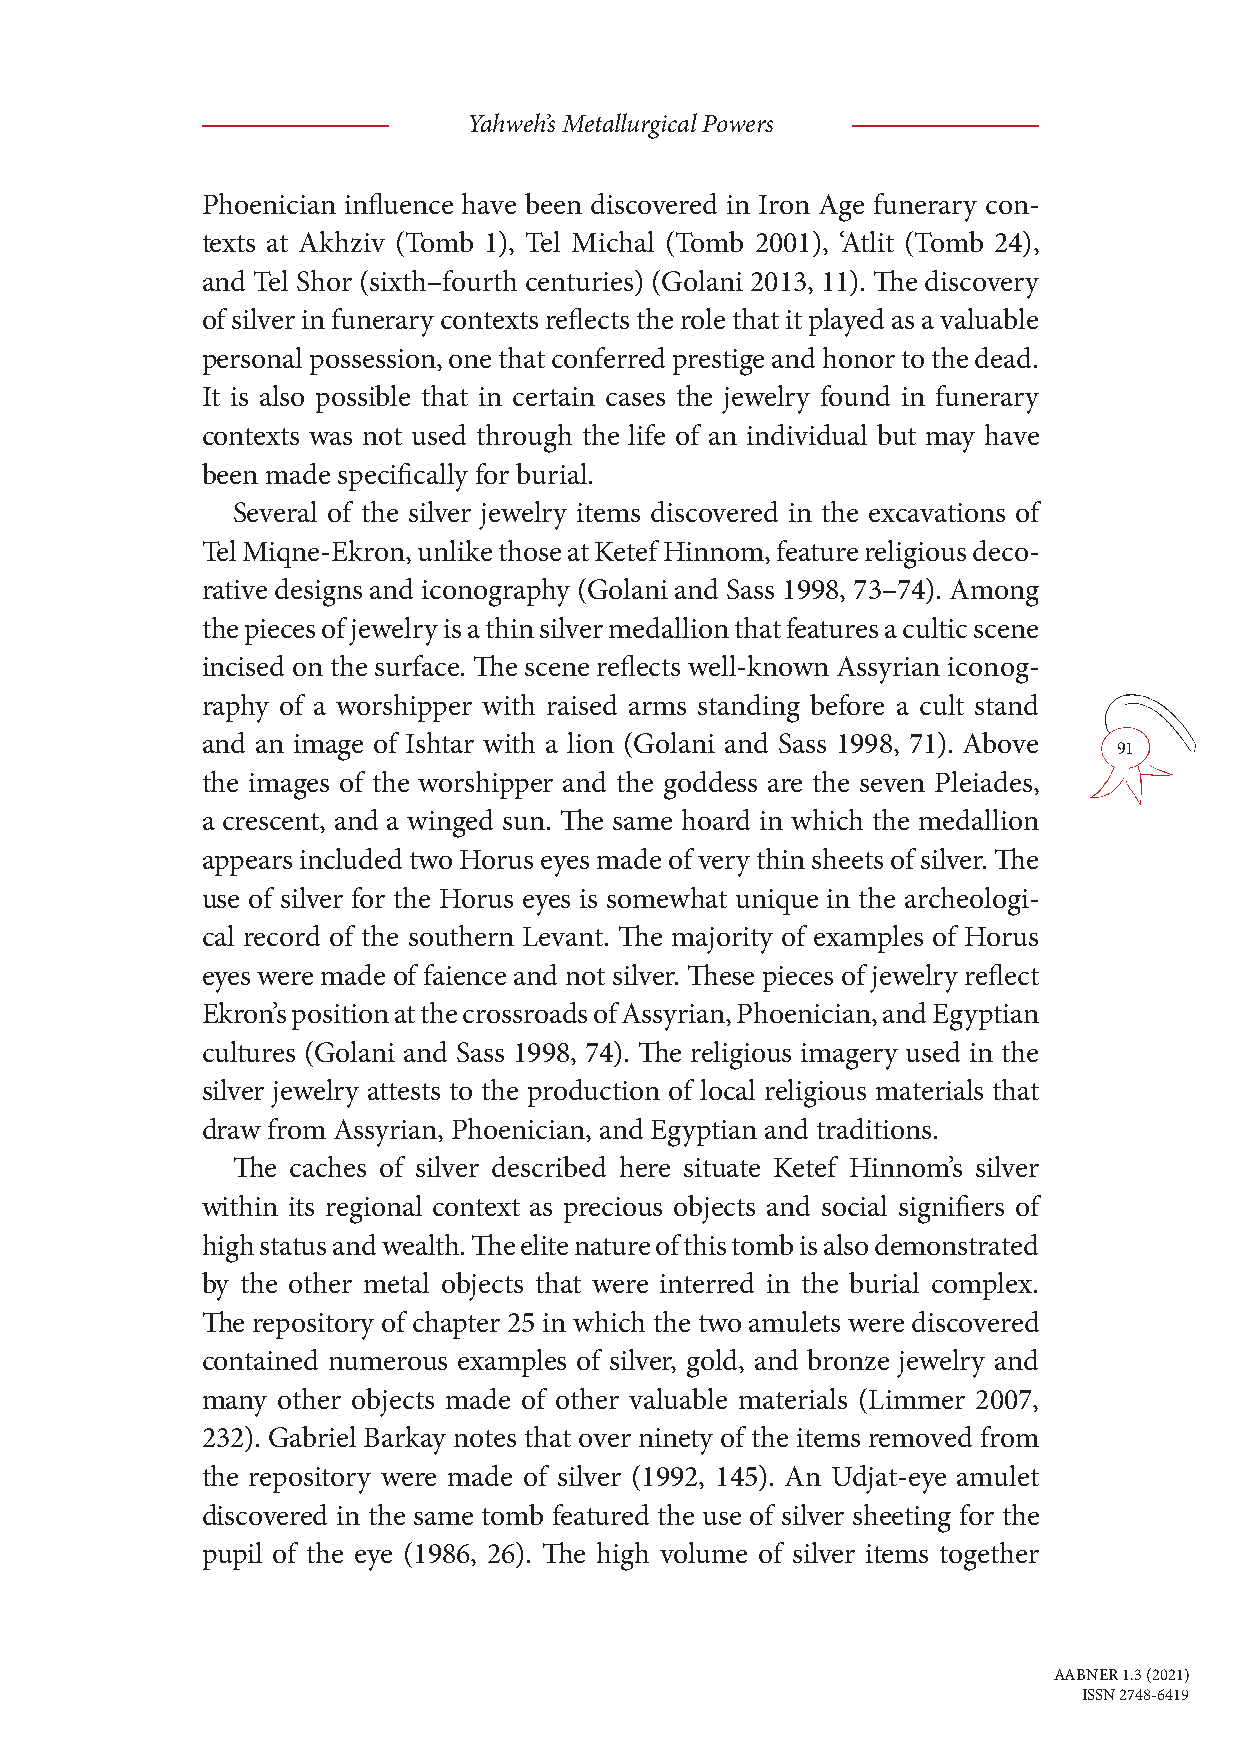
Yahweh’s Metallurgical Powers
 Phoenician influence have been discovered in Iron Age funerary con-
 texts at Akhziv (Tomb 1), Tel Michal (Tomb 2001), ‘Atlit (Tomb 24),
 and Tel Shor (sixth–fourth centuries) (Golani 2013, 11). The discovery
 of silver in funerary contexts reflects the role that it played as a valuable
 personal possession, one that conferred prestige and honor to the dead.
 It is also possible that in certain cases the jewelry found in funerary
 contexts was not used through the life of an individual but may have
 been made specifically for burial.
 Several of the silver jewelry items discovered in the excavations of
 Tel Miqne-Ekron, unlike those at Ketef Hinnom, feature religious deco-
 rative designs and iconography (Golani and Sass 1998, 73–74). Among
 the pieces of jewelry is a thin silver medallion that features a cultic scene
 incised on the surface. The scene reflects well-known Assyrian iconog-
 raphy of a worshipper with raised arms standing before a cult stand
 and an image of Ishtar with a lion (Golani and Sass 1998, 71). Above
 91
 the images of the worshipper and the goddess are the seven Pleiades,
 a crescent, and a winged sun. The same hoard in which the medallion
 appears included two Horus eyes made of very thin sheets of silver. The
 use of silver for the Horus eyes is somewhat unique in the archeologi-
 cal record of the southern Levant. The majority of examples of Horus
 eyes were made of faience and not silver. These pieces of jewelry reflect
 Ekron’s position at the crossroads of Assyrian, Phoenician, and Egyptian
 cultures (Golani and Sass 1998, 74). The religious imagery used in the
 silver jewelry attests to the production of local religious materials that
 draw from Assyrian, Phoenician, and Egyptian and traditions.
 The caches of silver described here situate Ketef Hinnom’s silver
 within its regional context as precious objects and social signifiers of
 high status and wealth. The elite nature of this tomb is also demonstrated
 by the other metal objects that were interred in the burial complex.
 The repository of chapter 25 in which the two amulets were discovered
 contained numerous examples of silver, gold, and bronze jewelry and
 many other objects made of other valuable materials (Limmer 2007,
 232). Gabriel Barkay notes that over ninety of the items removed from
 the repository were made of silver (1992, 145). An Udjat-eye amulet
 discovered in the same tomb featured the use of silver sheeting for the
 pupil of the eye (1986, 26). The high volume of silver items together
 AABNER 1.3 (2021)
 ISSN 2748-6419